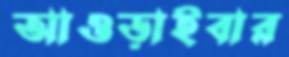
আওড়াইবার